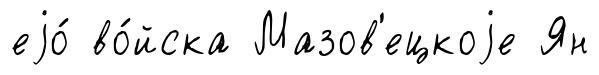
еjо́ во́йска Мазов'ецкоjе Ян